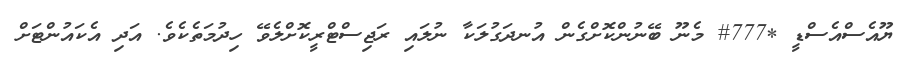
ޔޫއެސްއެސްޑީ *777# މެނޫ ބޭނުންކޮށްގެން އުނދަގުލަކާ ނުލައި ރަޖިސްޓްރީކޮށްލެވޭ ހިދުމަތެކެވެ. އަދި އެކައުންޓަށް